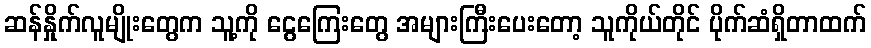
ဆန်နှိုက်လူမျိုးတွေက သူ့ကို ငွေကြေးတွေ အများကြီးပေးတော့ သူကိုယ်တိုင် ပိုက်ဆံရှိတာထက်